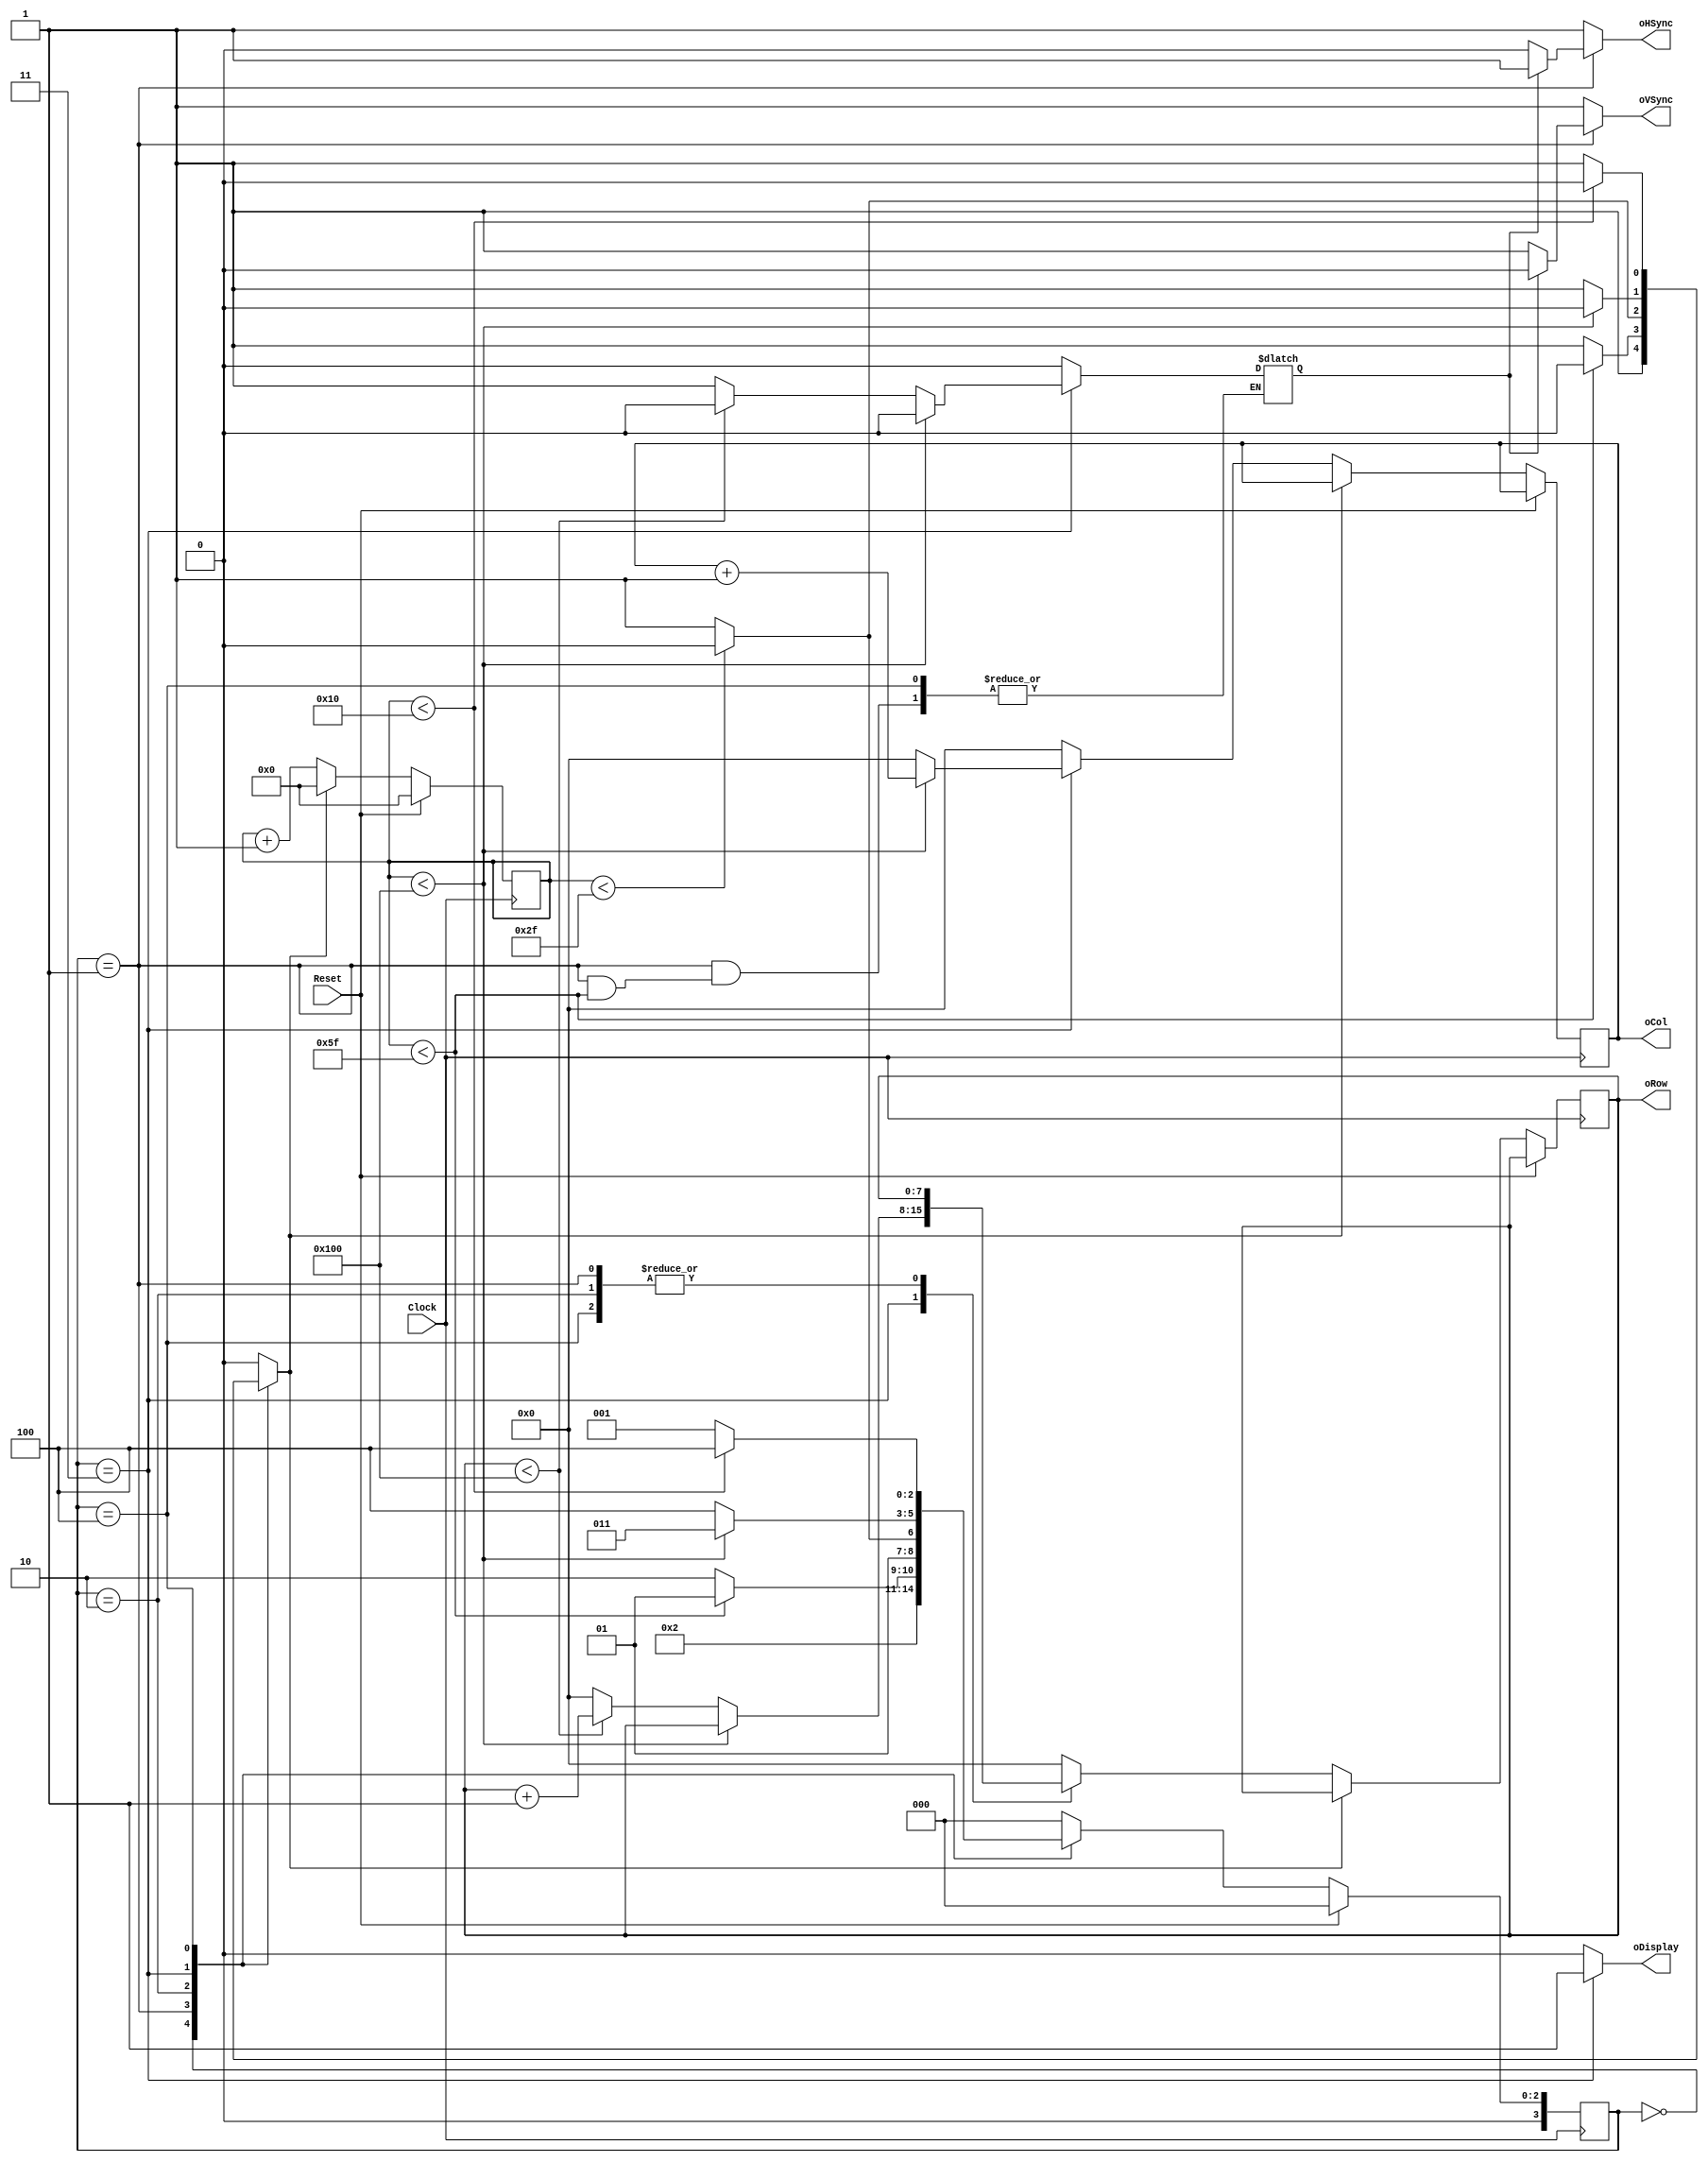
`timescale 1ns / 1ps

`define STATE_RESET 0
`define STATE_PULSE 1
`define STATE_BACK 2
`define STATE_DISPLAY 3
`define STATE_FRONT 4

module Display_VGA # (parameter XWidth = 8,
		      parameter YWidth = 8,
		      parameter X_length = 256,
		      parameter Y_length =256
		      )
   (		   
		   input wire 		  Clock,
		   input wire 		  Reset,
		   output reg [XWidth-1:0] oCol,
		   output reg [YWidth-1:0] oRow,
		   output reg 		  oHSync,
		   output reg 		  oVSync,
		   output reg 		  oDisplay
		   );

   reg [3:0] 				  rCurrentState,rNextState;
   reg [16:0] 				  rTimeCount;
   reg 					  rTimeCountReset,VFinish;
   reg [XWidth-1:0] 			  rNextCol;
   reg [YWidth-1:0] 			  rNextRow;
   

   always @ ( posedge Clock )
     begin
	if (Reset)
	  begin
	     rCurrentState <= `STATE_RESET;
	     rTimeCount <= 16'b0;
	  end
	else
	  begin
	     rCurrentState <= rNextState;
	       if (rTimeCountReset)
		 begin
		    rTimeCount <= 16'b0; // resets count
		 end
	       else
		 begin
		    rTimeCount <= rTimeCount + 16'b1; // increments count
		    oCol <= rNextCol;
		    oRow <= rNextRow;
		 end
	  end
     end

   always @ ( * )
     begin
	case (rCurrentState)
	  //-----------------------------------------------------------------------
	  
	  `STATE_RESET:
	    begin
	       rNextCol = 				10'h0;
	       rNextRow = 				9'h0;
	       rTimeCountReset =                        1'b1;
	       oHSync =                                 1'b1;
	       oVSync =                                 1'b1;
	       oDisplay =                               1'b0;
	       VFinish =                                1'b0;
	       
	       rNextState = 				`STATE_PULSE;
	    end
	  
	  //-------------------------------------------------------------------------
	  
	  `STATE_PULSE:
	    begin
	       rNextCol =                            	10'h0; 
	       rNextRow = 				oRow;
	       oDisplay =                               1'b0;

	       if (VFinish)
		 begin
		    oVSync =                            1'b0;
		    oHSync =                            1'b1;
		 end
	       else
		 begin
		    oVSync =                            1'b1;
		    oHSync =                            1'b0;
		 end

	       
	       if(rTimeCount < 16'd95)
		 begin
		    rTimeCountReset =                   1'b0;
		    rNextState = 		       	`STATE_PULSE;
		 end
	       else
		 begin
		    rTimeCountReset =                     1'b1;
		    VFinish =                             1'b0;
		    rNextState = 			  `STATE_BACK;
		 end
	    end // case: `STATE_PULSE

	  //--------------------------------------------------------------------------

	  `STATE_BACK:
	    begin
	       rNextCol =                            	10'h0; 
	       rNextRow = 				oRow;
	       oHSync =                                 1'b1;
	       oVSync =                                 1'b1;
	       oDisplay =                               1'b0;
	       VFinish = 1'b0;

	       if(rTimeCount < 16'd47)
		 begin
		    rTimeCountReset =                        1'b0;
		    rNextState = 				`STATE_BACK;
		 end
	       else
		 begin
		    rTimeCountReset =                        1'b1;
		    rNextState = 				`STATE_DISPLAY;
		 end
	    end // case: `STATE_BACK

	  //--------------------------------------------------------------------------

	  `STATE_DISPLAY:
	    begin
	       rNextCol =                            	oCol + 10'd1; 
	       oHSync =                                 1'b1;
	       oVSync =                                 1'b1;
	       oDisplay =                               1'b1;
	       rTimeCountReset =                        1'b0;

	       if(rTimeCount < X_length)
		 begin
		    rNextRow = oRow;
		    VFinish = 1'b0;
		    rNextState = `STATE_DISPLAY;
		 end
	       else
		 begin
		    if(oRow < Y_length)
		      begin
			 rNextRow = oRow + 9'd1;
			 VFinish = 1'b0;
		      end
		    else
		      begin
			 rNextRow = 9'd0;
			 VFinish = 1'b1;
		      end
		    rNextCol = 10'd0;
		    rTimeCountReset = 1'b1;
		    rNextState = `STATE_FRONT;
		 end // else: !if(TimeCount < X_length)
	    end // case: `STATE_DISPLAY

	  //--------------------------------------------------------------------------

	  `STATE_FRONT:
	    begin
	       rNextCol =                            	10'h0; 
	       rNextRow = 				oRow;
	       oHSync =                                 1'b1;
	       oVSync =                                 1'b1;
	       oDisplay =                               1'b0;
	       VFinish =                                VFinish;

	       if(rTimeCount < 16'd16)
		 begin
		    rTimeCountReset =                        1'b0;
		    rNextState = 			     `STATE_FRONT;
		 end
	       else
		 begin
		    rTimeCountReset =                        1'b1;
		    rNextState = 			     `STATE_PULSE;
		 end
	    end // case: `STATE_FRONT

	  //-------------------------------------------------------------------------------

	  default:
	    begin
	       rNextCol =                            	10'h0; 
	       rNextRow = 				9'h0;
	       oHSync =                                 1'b1;
	       oVSync =                                 1'b1;
	       oDisplay =                               1'b0;
	       VFinish =                                1'b0;
	       rTimeCountReset =                        1'b0;
	       rNextState =                             `STATE_RESET;
	    end // case: default
	  endcase
	 end
endmodule